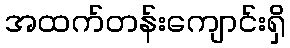
အထက်တန်းကျောင်းရှိ